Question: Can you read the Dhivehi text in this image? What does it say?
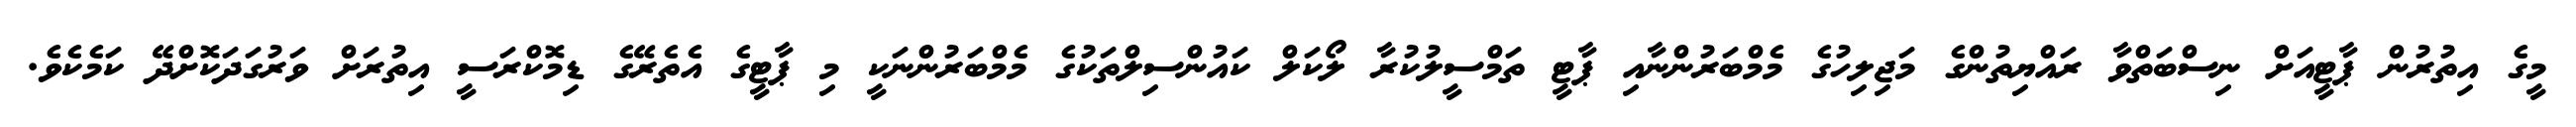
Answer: މީގެ އިތުރުން ޕާޓީއަށް ނިސްބަތްވާ ރައްޔިތުންގެ މަޖިލިހުގެ މެމްބަރުންނާއި ޕާޓީ ތަމްސީލުކުރާ ލޯކަލް ކައުންސިލްތަކުގެ މެމްބަރުންނަކީ މި ޕާޓީގެ އެތެރޭގެ ޑިމޮކްރަސީ އިތުރަށް ވަރުގަދަކޮށްދޭ ކަމެކެވެ.